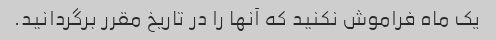
یک ماه فراموش نکنید که آنها را در تاریخ مقرر برگردانید.